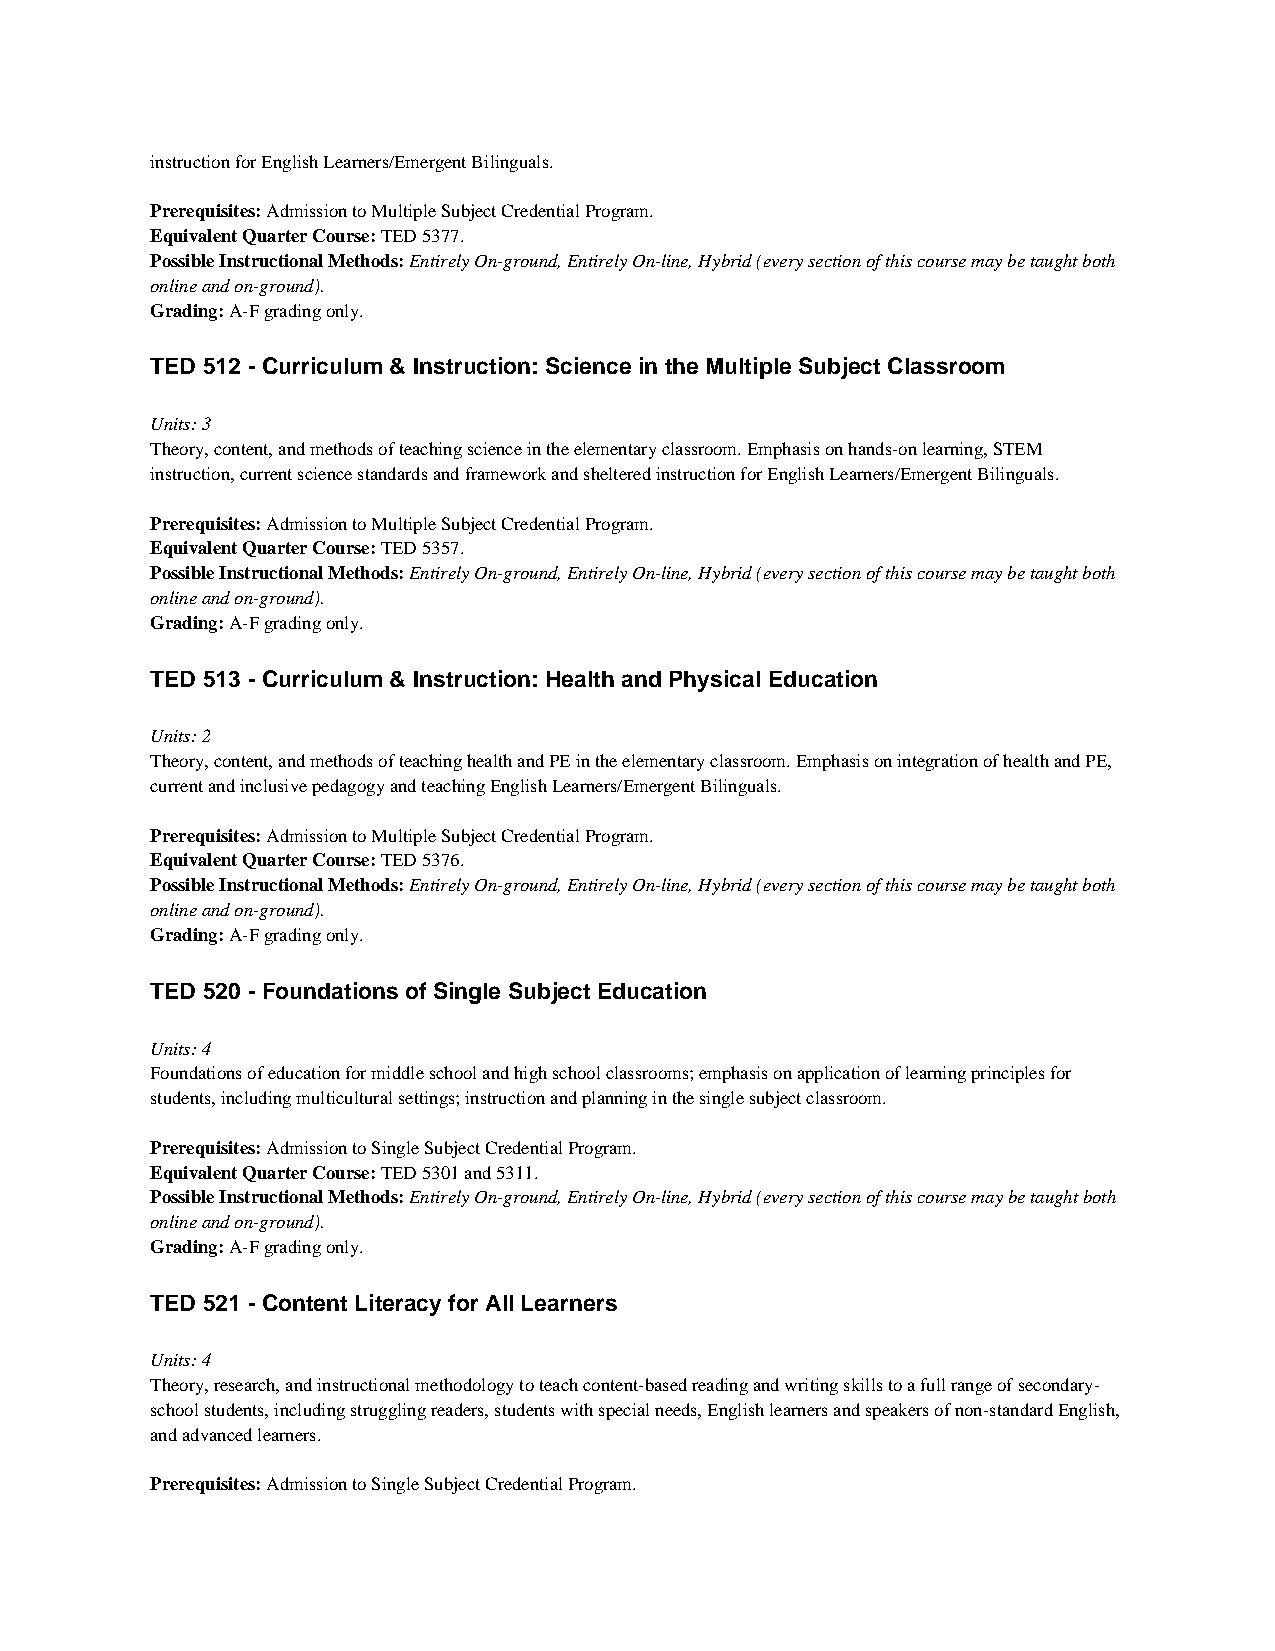
instruction for English Learners/Emergent Bilinguals.
 Prerequisites: Admission to Multiple Subject Credential Program.
 Equivalent Quarter Course: TED 5377.
 Possible Instructional Methods: Entirely On-ground, Entirely On-line, Hybrid (every section of this course may be taught both
 online and on-ground).
 Grading: A-F grading only.
 TED 512 - Curriculum & Instruction: Science in the Multiple Subject Classroom
 Units: 3
 Theory, content, and methods of teaching science in the elementary classroom. Emphasis on hands-on learning, STEM
 instruction, current science standards and framework and sheltered instruction for English Learners/Emergent Bilinguals.
 Prerequisites: Admission to Multiple Subject Credential Program.
 Equivalent Quarter Course: TED 5357.
 Possible Instructional Methods: Entirely On-ground, Entirely On-line, Hybrid (every section of this course may be taught both
 online and on-ground).
 Grading: A-F grading only.
 TED 513 - Curriculum & Instruction: Health and Physical Education
 Units: 2
 Theory, content, and methods of teaching health and PE in the elementary classroom. Emphasis on integration of health and PE,
 current and inclusive pedagogy and teaching English Learners/Emergent Bilinguals.
 Prerequisites: Admission to Multiple Subject Credential Program.
 Equivalent Quarter Course: TED 5376.
 Possible Instructional Methods: Entirely On-ground, Entirely On-line, Hybrid (every section of this course may be taught both
 online and on-ground).
 Grading: A-F grading only.
 TED 520 - Foundations of Single Subject Education
 Units: 4
 Foundations of education for middle school and high school classrooms; emphasis on application of learning principles for
 students, including multicultural settings; instruction and planning in the single subject classroom.
 Prerequisites: Admission to Single Subject Credential Program.
 Equivalent Quarter Course: TED 5301 and 5311.
 Possible Instructional Methods: Entirely On-ground, Entirely On-line, Hybrid (every section of this course may be taught both
 online and on-ground).
 Grading: A-F grading only.
 TED 521 - Content Literacy for All Learners
 Units: 4
 Theory, research, and instructional methodology to teach content-based reading and writing skills to a full range of secondary-
 school students, including struggling readers, students with special needs, English learners and speakers of non-standard English,
 and advanced learners.
 Prerequisites: Admission to Single Subject Credential Program.